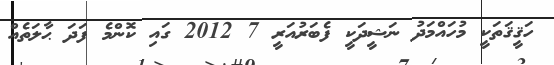
ހަޤީޤަތަކީ މުހައްމަދު ނަޝީދަކީ ފެބަރުއަރީ 7 2012 ގައި ކޮންމެ ފަދަ ޙާލަތެއް